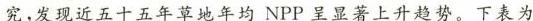
究，发现近五十五年草地年均NPP呈显著上升趋势。下表为